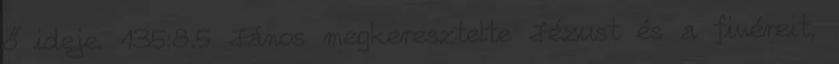
ő ideje. 135:8.5 János megkeresztelte Jézust és a fivéreit,